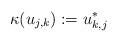
LaTeX: \begin{align*}\kappa(u_{j,k}):=u_{k,j}^*\end{align*}